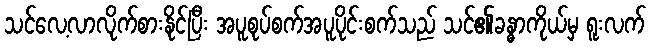
သင်လေ့လာလိုက်စားနိုင်ပြီး အပူစုပ်စက်အပူပိုင်းစက်သည် သင်၏ခန္ဓာကိုယ်မှ ရူးလက်